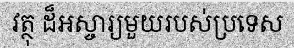
វត្ថុ ដ៏អស្ចារ្យមួយរបស់ប្រទេស